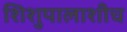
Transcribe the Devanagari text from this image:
शिशुपालाशीच